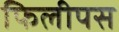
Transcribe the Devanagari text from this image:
फिलीपस